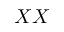
X X